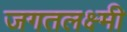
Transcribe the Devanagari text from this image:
जगतलक्ष्मी